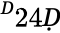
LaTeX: ^Ḋ24Ḍ